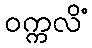
ဝက္ကလိံ